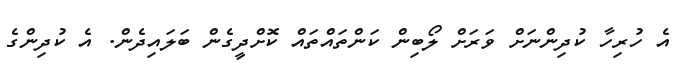
އެ ހުރިހާ ކުދިންނަށް ވަރަށް ލޯބިން ކަންތައްތައް ކޮށްދީގެން ބަލައިދެން. އެ ކުދިންގެ